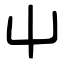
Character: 屮